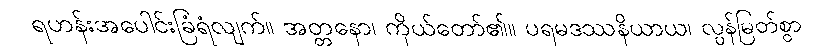
ရဟန်းအပေါင်းခြံရံလျက်။ အတ္တနော၊ ကိုယ်တော်၏။ ပရမဒဿနိယာယ၊ လွန်မြတ်စွာ